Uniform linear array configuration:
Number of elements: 8
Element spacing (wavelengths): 0.5
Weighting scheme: binomial
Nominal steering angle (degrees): -30
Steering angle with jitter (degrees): -30.139
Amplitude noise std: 0.05
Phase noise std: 0.05

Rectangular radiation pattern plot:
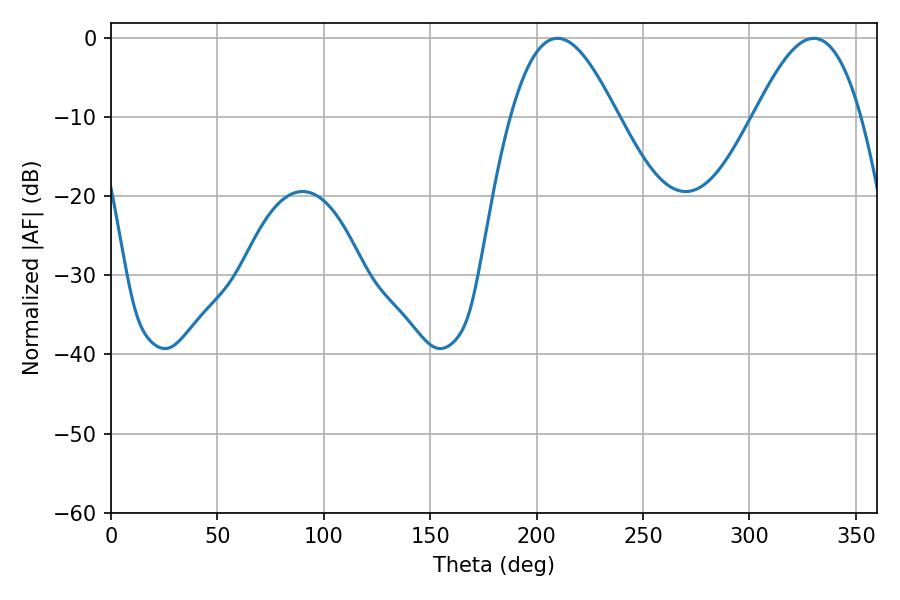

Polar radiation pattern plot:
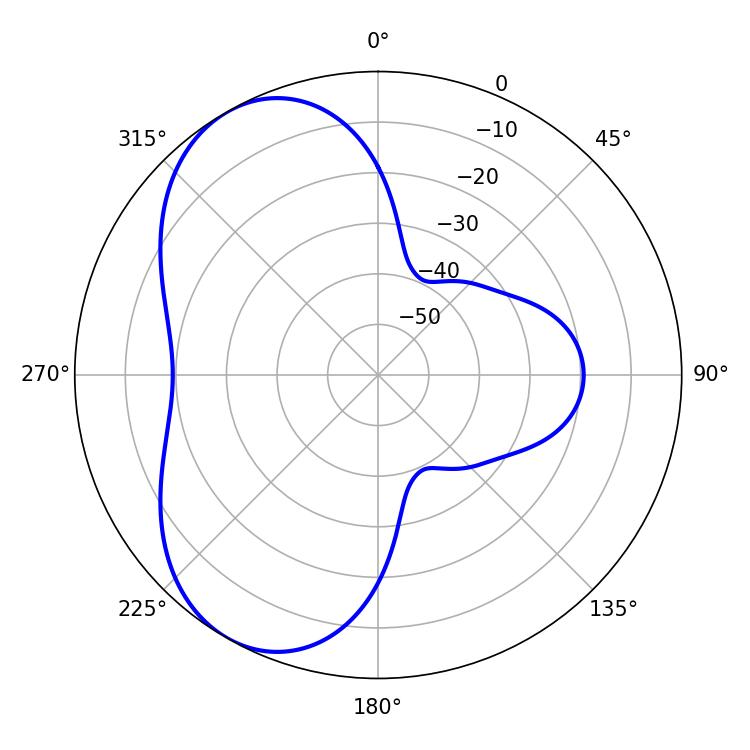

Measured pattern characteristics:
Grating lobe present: FALSE
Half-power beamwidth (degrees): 27
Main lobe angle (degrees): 209.7